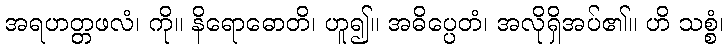
အရဟတ္တဖလံ၊ ကို။ နိရောဓောတိ၊ ဟူ၍။ အဓိပ္ပေတံ၊ အလိုရှိအပ်၏။ ဟိ သစ္စံ၊